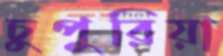
চুপুরিয়া